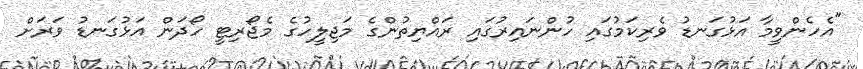
"އެހެންވީމާ އަޅުގަނޑު ވެރިކަމުގައި ހުންނައިރުގައި ރައްޔިތުންގެ މަޖިލީހުގެ މެޖޯރިޓީ ހޯދަން އަޅުގަނޑު ވަރަށް